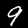
Digit: 9